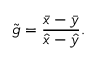
\tilde { g } = \frac { \bar { x } - \bar { y } } { \hat { x } - \hat { y } } .